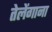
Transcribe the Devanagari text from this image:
तेलेंगाना